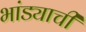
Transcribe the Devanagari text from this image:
भांड्याची